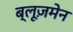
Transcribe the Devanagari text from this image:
ब्लूज़मेन